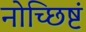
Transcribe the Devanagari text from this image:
नोच्छिष्टं